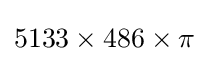
5133\times 486\times \pi